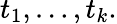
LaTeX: t_{1},\ldots,t_{k}.